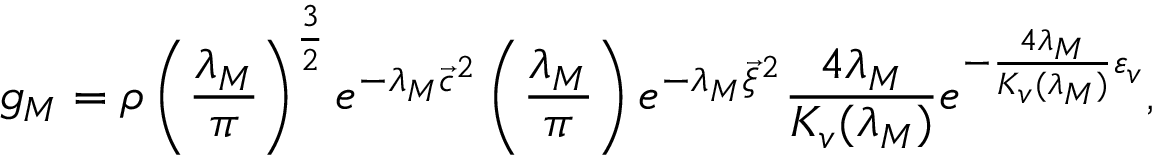
g _ { M } = \rho \left( \frac { \lambda _ { M } } { \pi } \right) ^ { \frac { 3 } { 2 } } e ^ { - \lambda _ { M } { \vec { c } } ^ { 2 } } \left( \frac { \lambda _ { M } } { \pi } \right) e ^ { - \lambda _ { M } { \vec { \xi } } ^ { 2 } } \frac { 4 \lambda _ { M } } { K _ { v } ( \lambda _ { M } ) } e ^ { - \frac { 4 \lambda _ { M } } { K _ { v } ( \lambda _ { M } ) } \varepsilon _ { v } } ,